Vaccination in the Punjab 1867-1880 - 1867-1880
Year: 1867
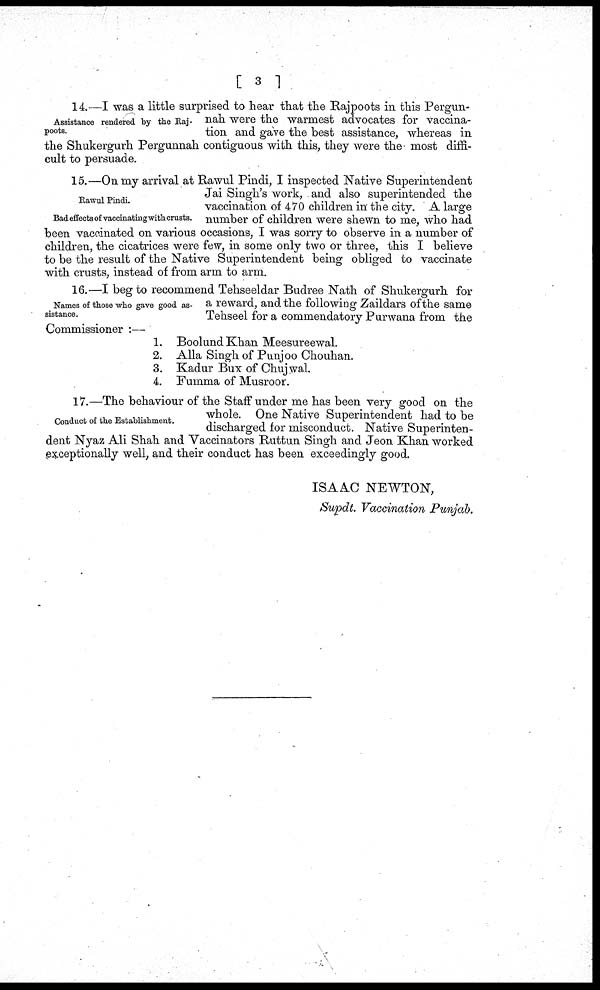
[ 3 ]
Assistance rendered by the Raj-
poots.
14.—I was a little surprised to hear that the Rajpoots in this Pergun-
nah were the warmest advocates for vaccina-
tion and gave the best assistance, whereas in
the Shukergurh Pergunnah contiguous with this, they were the most diffi¬
cult to persuade.
Rawul Pindi.
Bad effects of vaccinatingwith crusts.
15.—On my arrival at Rawul Pindi, I inspected Native Superintendent
Jai Singh's work, and also superintended the
vaccination of 470 children in the city. A large
number of children were shewn to me, who had
been vaccinated on various occasions, I was sorry to observe in a number of
children, the cicatrices were few, in some only two or three, this I believe
to be the result of the Native Superintendent being obliged to vaccinate
with crusts, instead of from arm to arm.
Names of those who gave good as-
sistance.
16.—I beg to recommend Tehseeldar Budree Nath of Shukergurh for
a reward, and the following Zaildars of the same
Tehseel for a commendatory Purwana from the
Commissioner :—
1. Boolund Khan Meesureewal.
2. Alla Singh of Punjoo Chouhan.
3. Kadur Bux of Chujwal.
4. Fumma of Musroor.
Conduct of the Establishment.
17.—The behaviour of the Staff under me has been very good on the
whole. One Native Superintendent had to be
discharged for misconduct. Native Superinten-
dent Nyaz Ali Shah and Vaccinators Ruttun Singh and Jeon Khan worked
exceptionally well, and their conduct has been exceedingly good.
ISAAC NEWTON,
Supdt. Vaccination Punjab.